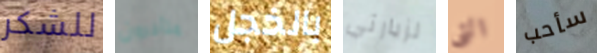
للشكر متأخرون بالخجل لزيارتي التي سأحب